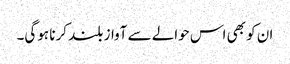
ان کو بھی اس حوالے سے آواز بلند کرنا ہوگی۔